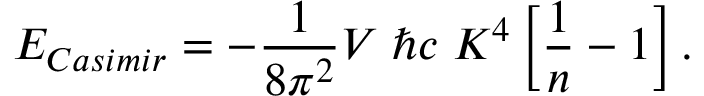
E _ { \small C a s i m i r } = - { \frac { 1 } { 8 \pi ^ { 2 } } } V \; \hbar c \; K ^ { 4 } \left[ { \frac { 1 } { n } } - 1 \right] .